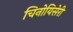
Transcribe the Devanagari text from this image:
चिनोयिसेरी